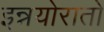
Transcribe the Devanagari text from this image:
इन्नयोरातो